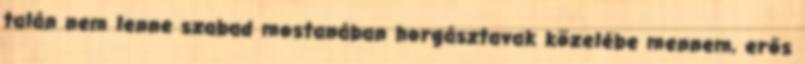
talán nem lenne szabad mostanában horgásztavak közelébe mennem, erős